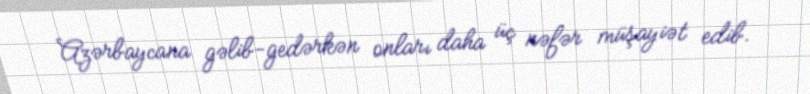
Azərbaycana gəlib-gedərkən onları daha üç nəfər müşayiət edib.